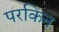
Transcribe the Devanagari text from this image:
परकिन